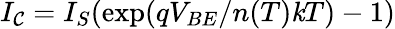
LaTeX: I_{\mathcal{C}}=I_{S}(\exp({qV_{BE}/n(T)\mathit{k}T})-1)